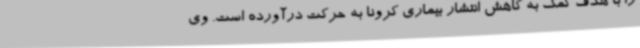
را با هدف کمک به کاهش انتشار بیماری کرونا به حرکت درآورده است. وی